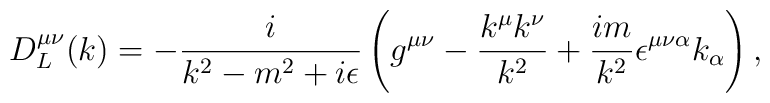
D^{\mu\nu}_{L}(k)=-\frac{i}{k^{2}-m^{2}+i\epsilon}\left(g^{\mu\nu}-\frac{k^{\mu}k^{\nu}}{k^{2}}+\frac{im}{k^2}\epsilon^{\mu\nu\alpha}k_{\alpha}\right),